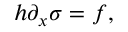
h \partial _ { x } \sigma = f ,